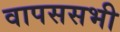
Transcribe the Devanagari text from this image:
वापससभी